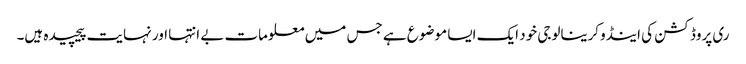
ری پروڈکشن کی اینڈوکرینالوجی خود ایک ایسا موضوع ہے جس میں‌ معلومات بے انتہا اور نہایت پیچیدہ ہیں‌۔